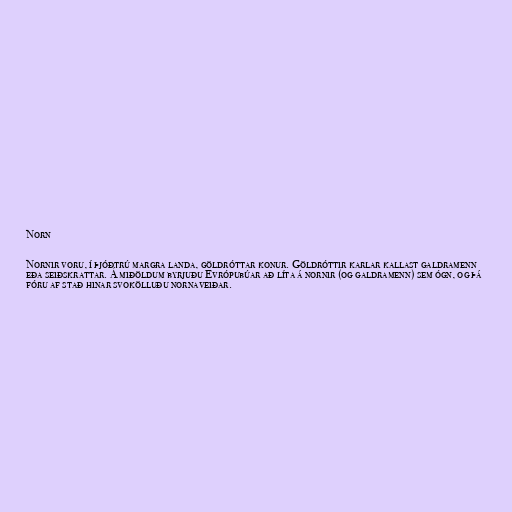
Norn

Nornir voru, í þjóðtrú margra landa, göldróttar konur. Göldróttir karlar kallast galdramenn
eða seiðskrattar. Á miðöldum byrjuðu Evrópubúar að líta á nornir (og galdramenn) sem ógn, og þá
fóru af stað hinar svokölluðu nornaveiðar.